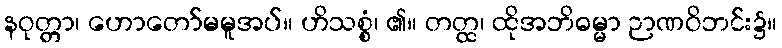
နဝုတ္တာ၊ ဟောတော်မမူအပ်။ ဟိသစ္စံ၊ ၏။ တတ္ထ၊ ထိုအဘိဓမ္မာ ဉာဏဝိဘင်း၌။